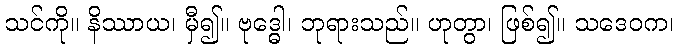
သင်ကို။ နိဿာယ၊ မှီ၍။ ဗုဒ္ဓေါ၊ ဘုရားသည်။ ဟုတွာ၊ ဖြစ်၍။ သဒေဝက၊